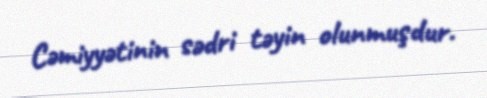
Cəmiyyətinin sədri təyin olunmuşdur.